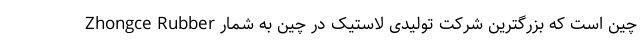
Zhongce Rubber چین است که بزرگترین شرکت تولیدی لاستیک در چین به شمار